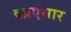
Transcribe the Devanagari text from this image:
क्प्रएसार